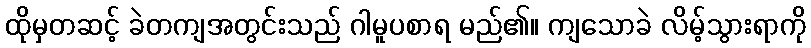
ထိုမှတဆင့် ခဲတကျအတွင်းသည် ဂါမူပစာရ မည်၏။ ကျသောခဲ လိမ့်သွားရာကို